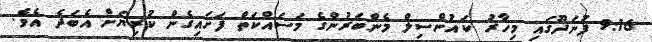
9:16 ފުނަދޫގައި މިހާރު ކައުންސިލް މެންބަރުންގެ މަސައްކަތް ފަށައިގެން ކުރިޔަށް އެބަދެ އެވެ.